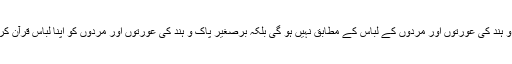
قرآن کریم کی شریعت برصغیر پاک و ہند کی عورتوں اور مردوں کے لباس کے مطابق نہیں ہو گی بلکہ برصغیر پاک و ہند کی عورتوں اور مردوں کو اپنا لباس قرآن کریم کی شریعت کے مطابق بنانا ہو گا۔